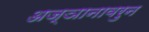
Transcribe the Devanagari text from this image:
अज्ञानावरुन